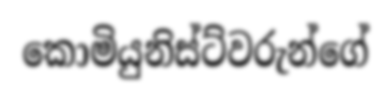
කොමියුනිස්ට්වරුන්ගේ